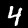
Label: 4